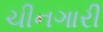
ચીનગારી